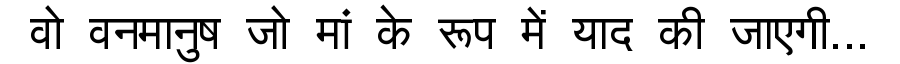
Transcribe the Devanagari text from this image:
वो वनमानुष जो मां के रूप में याद की जाएगी...